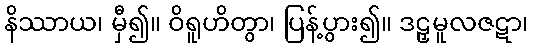
နိဿာယ၊ မှီ၍။ ဝိရူဟိတွာ၊ ပြန့်ပွား၍။ ဒဠှမူလဇဋာ၊